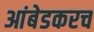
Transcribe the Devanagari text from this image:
आंबेडकरच